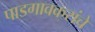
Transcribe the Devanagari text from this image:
पाडगावकरांचे